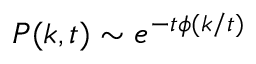
P ( k , t ) \sim e ^ { - t \phi ( k / t ) }